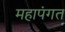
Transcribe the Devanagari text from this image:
महापंगत